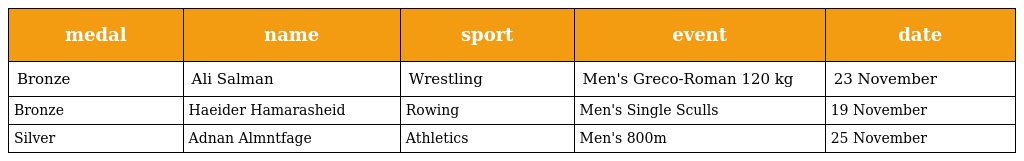
| medal | name | sport | event | date |
 | --- | --- | --- | --- | --- |
 | Bronze | Ali Salman | Wrestling | Men's Greco-Roman 120 kg | 23 November |
 | Bronze | Haeider Hamarasheid | Rowing | Men's Single Sculls | 19 November |
 | Silver | Adnan Almntfage | Athletics | Men's 800m | 25 November |